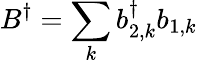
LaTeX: B^{\dagger}=\sum_{k}b_{2,k}^{\dagger}b_{1,k}